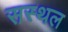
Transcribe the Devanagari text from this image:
सस्थल